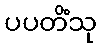
ပပတိံသု